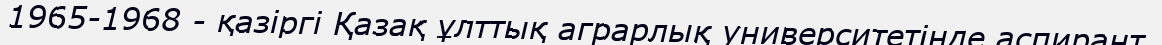
1965-1968 - қазіргі Қазақ ұлттық аграрлық университетінде аспирант,